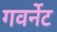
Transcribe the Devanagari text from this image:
गवर्नेट